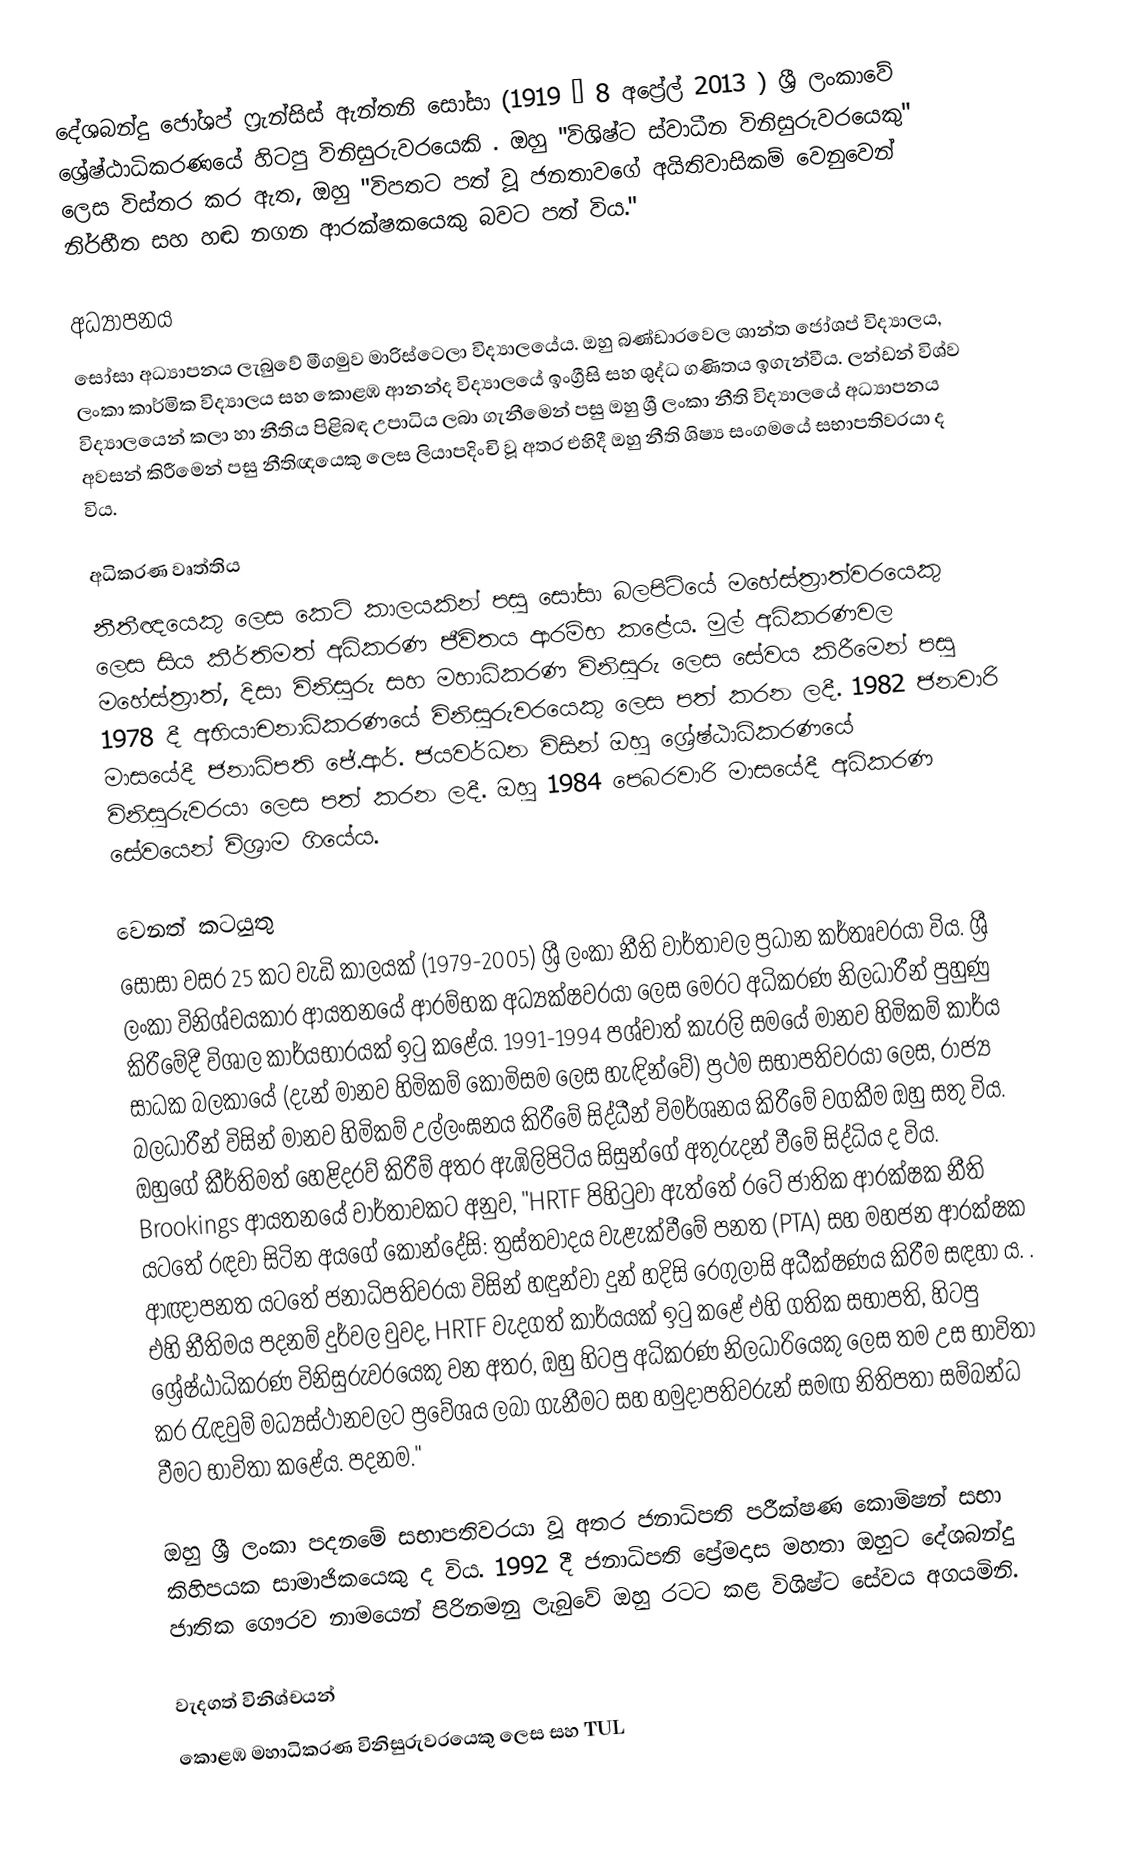
දේශබන්දු ජෝශප් ෆ්‍රැන්සිස් ඇන්තනි සෝසා (1919 – 8 අප්‍රේල් 2013  ) ශ්‍රී ලංකාවේ ශ්‍රේෂ්ඨාධිකරණයේ හිටපු විනිසුරුවරයෙකි . ඔහු "විශිෂ්ට ස්වාධීන විනිසුරුවරයෙකු" ලෙස විස්තර කර ඇත, ඔහු "විපතට පත් වූ ජනතාවගේ අයිතිවාසිකම් වෙනුවෙන් නිර්භීත සහ හඬ නගන ආරක්ෂකයෙකු බවට පත් විය."

අධ්‍යාපනය
සෝසා අධ්‍යාපනය ලැබුවේ මීගමුව මාරිස්ටෙලා විද්‍යාලයේය. ඔහු බණ්ඩාරවෙල ශාන්ත ජෝශප් විද්‍යාලය, ලංකා කාර්මික විද්‍යාලය සහ කොළඹ ආනන්ද විද්‍යාලයේ ඉංග්‍රීසි සහ ශුද්ධ ගණිතය ඉගැන්වීය.  ලන්ඩන් විශ්ව විද්‍යාලයෙන් කලා හා නීතිය පිළිබඳ උපාධිය ලබා ගැනීමෙන් පසු ඔහු ශ්‍රී ලංකා නීති විද්‍යාලයේ අධ්‍යාපනය අවසන් කිරීමෙන් පසු නීතිඥයෙකු ලෙස ලියාපදිංචි වූ අතර එහිදී ඔහු නීති ශිෂ්‍ය සංගමයේ සභාපතිවරයා ද විය.

අධිකරණ වෘත්තිය
නීතීඥයෙකු ලෙස කෙටි කාලයකින් පසු සෝසා බලපිටියේ මහේස්ත්‍රාත්වරයෙකු ලෙස සිය කීර්තිමත් අධිකරණ ජීවිතය ආරම්භ කළේය. මුල් අධිකරණවල මහේස්ත්‍රාත්, දිසා විනිසුරු සහ මහාධිකරණ විනිසුරු ලෙස සේවය කිරීමෙන් පසු 1978 දී අභියාචනාධිකරණයේ විනිසුරුවරයෙකු ලෙස පත් කරන ලදී. 1982 ජනවාරි මාසයේදී ජනාධිපති ජේ.ආර්. ජයවර්ධන විසින් ඔහු ශ්‍රේෂ්ඨාධිකරණයේ විනිසුරුවරයා ලෙස පත් කරන ලදී. ඔහු 1984 පෙබරවාරි මාසයේදී අධිකරණ සේවයෙන් විශ්‍රාම ගියේය.

වෙනත් කටයුතු
සෝසා වසර 25 කට වැඩි කාලයක් (1979-2005) ශ්‍රී ලංකා නීති වාර්තාවල ප්‍රධාන කර්තෘවරයා විය. ශ්‍රී ලංකා විනිශ්චයකාර ආයතනයේ ආරම්භක අධ්‍යක්ෂවරයා ලෙස මෙරට අධිකරණ නිලධාරීන් පුහුණු කිරීමේදී විශාල කාර්යභාරයක් ඉටු කළේය.  1991-1994 පශ්චාත් කැරලි සමයේ මානව හිමිකම් කාර්ය සාධක බලකායේ (දැන් මානව හිමිකම් කොමිසම ලෙස හැඳින්වේ) ප්‍රථම සභාපතිවරයා ලෙස, රාජ්‍ය බලධාරීන් විසින් මානව හිමිකම් උල්ලංඝනය කිරීමේ සිද්ධීන් විමර්ශනය කිරීමේ වගකීම ඔහු සතු විය.  ඔහුගේ කීර්තිමත් හෙළිදරව් කිරීම් අතර ඇඹිලිපිටිය සිසුන්ගේ අතුරුදන් වීමේ සිද්ධිය ද විය.   Brookings ආයතනයේ වාර්තාවකට අනුව, "HRTF පිහිටුවා ඇත්තේ රටේ ජාතික ආරක්ෂක නීති යටතේ රඳවා සිටින අයගේ කොන්දේසි: ත්‍රස්තවාදය වැළැක්වීමේ පනත (PTA) සහ මහජන ආරක්ෂක ආඥාපනත යටතේ ජනාධිපතිවරයා විසින් හඳුන්වා දුන් හදිසි රෙගුලාසි අධීක්ෂණය කිරීම සඳහා ය. . එහි නීතිමය පදනම් දුර්වල වුවද, HRTF වැදගත් කාර්යයක් ඉටු කළේ එහි ගතික සභාපති, හිටපු ශ්‍රේෂ්ඨාධිකරණ විනිසුරුවරයෙකු වන අතර, ඔහු හිටපු අධිකරණ නිලධාරියෙකු ලෙස තම උස භාවිතා කර රැඳවුම් මධ්‍යස්ථානවලට ප්‍රවේශය ලබා ගැනීමට සහ හමුදාපතිවරුන් සමඟ නිතිපතා සම්බන්ධ වීමට භාවිතා කළේය. පදනම."

ඔහු ශ්‍රී ලංකා පදනමේ සභාපතිවරයා වූ අතර ජනාධිපති පරීක්ෂණ කොමිෂන් සභා කිහිපයක සාමාජිකයෙකු ද විය. 1992 දී ජනාධිපති ප්‍රේමදාස මහතා ඔහුට දේශබන්දු ජාතික ගෞරව නාමයෙන් පිරිනමනු ලැබුවේ ඔහු රටට කළ විශිෂ්ට සේවය අගයමිනි.

වැදගත් විනිශ්චයන්
කොළඹ මහාධිකරණ විනිසුරුවරයෙකු ලෙස සහ TUL